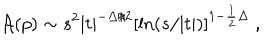
{ \cal A } ( p ) \sim s ^ { 2 } | t | ^ { - \Delta / 2 } \left[ \ln ( s / | t | ) \right] ^ { 1 - \frac { 1 } { 2 } \Delta } \ ,